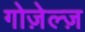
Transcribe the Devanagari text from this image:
गोज़ेल्ज़